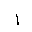
Letter: _alif